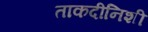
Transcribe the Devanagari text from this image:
ताकदीनिशी